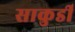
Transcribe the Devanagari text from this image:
साकुर्डी